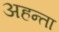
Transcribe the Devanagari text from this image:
अहन्ता